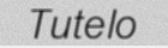
Tutelo